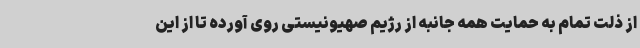
از ذلت تمام به حمایت همه جانبه از رژیم صهیونیستی روی آورده تا از این